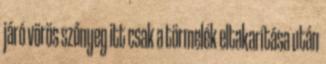
járó vörös szőnyeg itt csak a törmelék eltakarítása után